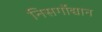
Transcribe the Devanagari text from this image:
निसर्गोद्यान